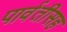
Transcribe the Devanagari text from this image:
पार्वतीसह